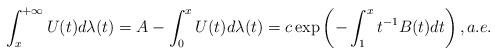
LaTeX: \begin{align*} \normalsize\int_{x}^{+\infty }U(t)d\lambda (t)=A-\int_{0}^{x}U(t)d\lambda (t)=c\exp\left( -\int_{1}^{x}t^{-1}B(t)dt\right), a.e. \end{align*}